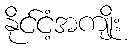
နိုင်ငံ့အကျိုး